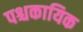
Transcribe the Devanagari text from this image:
पश्चकायिक